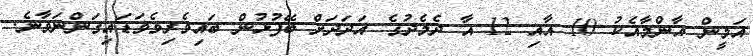
އަމީން އާންމާއެކު 10 އާއި 12 އާ ދެމެދުގެ އަދަދަށް ބޭފުޅުން ބައިވެރިވެވަޑައިގަންނަވާނެ.